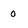
Character: 0